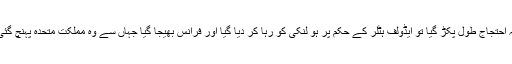
یہ احتجاج طول پکڑ گیا تو ایڈولف ہٹلر کے حکم پر ہو لنکی کو رہا کر دیا گیا اور فرانس بھیجا گیا جہاں سے وہ مملکت متحدہ پہنچ گئی۔